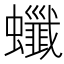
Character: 𧕂